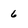
Character: 6